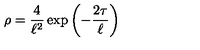
\rho = { \frac { 4 } { \ell ^ { 2 } } } \exp \left( - { \frac { 2 \tau } { \ell } } \right)